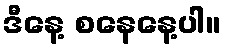
ဒီနေ့ စနေနေ့ပါ။